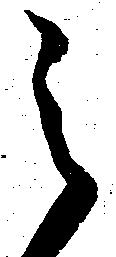
之